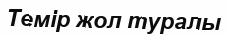
Темір жол туралы